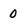
Character: 0